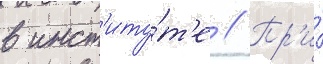
в инст'иту́т'е // Пр'и́